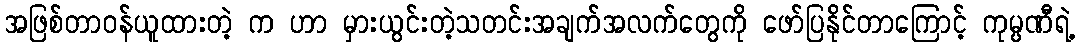
အဖြစ်တာဝန်ယူထားတဲ့ က ဟာ မှားယွင်းတဲ့သတင်းအချက်အလက်တွေကို ဖော်ပြနိုင်တာကြောင့် ကုမ္ပဏီရဲ့